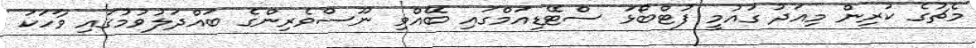
މެޗުގެ ކުރިން މިއަދު ގައުމީ ފުޓްބޯޅަ ސްޓޭޑިއަމްގައި ބޭއްވި ނޫސްވެރިންގެ ބައްދަލުވުމުގައި ވާހަކަ